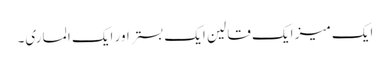
ایک میز ایک قالین ایک بستر اور ایک الماری۔